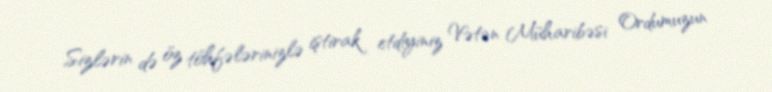
Sizlərin də öz töhfələrinizlə iştirak etdiyiniz Vətən Müharibəsi Ordumuzun